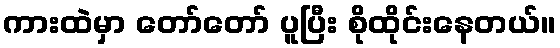
ကားထဲမှာ တော်တော် ပူပြီး စိုထိုင်းနေတယ်။